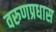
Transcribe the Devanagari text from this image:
वरुणप्रधास